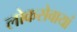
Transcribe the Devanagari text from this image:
लोकसेवायां